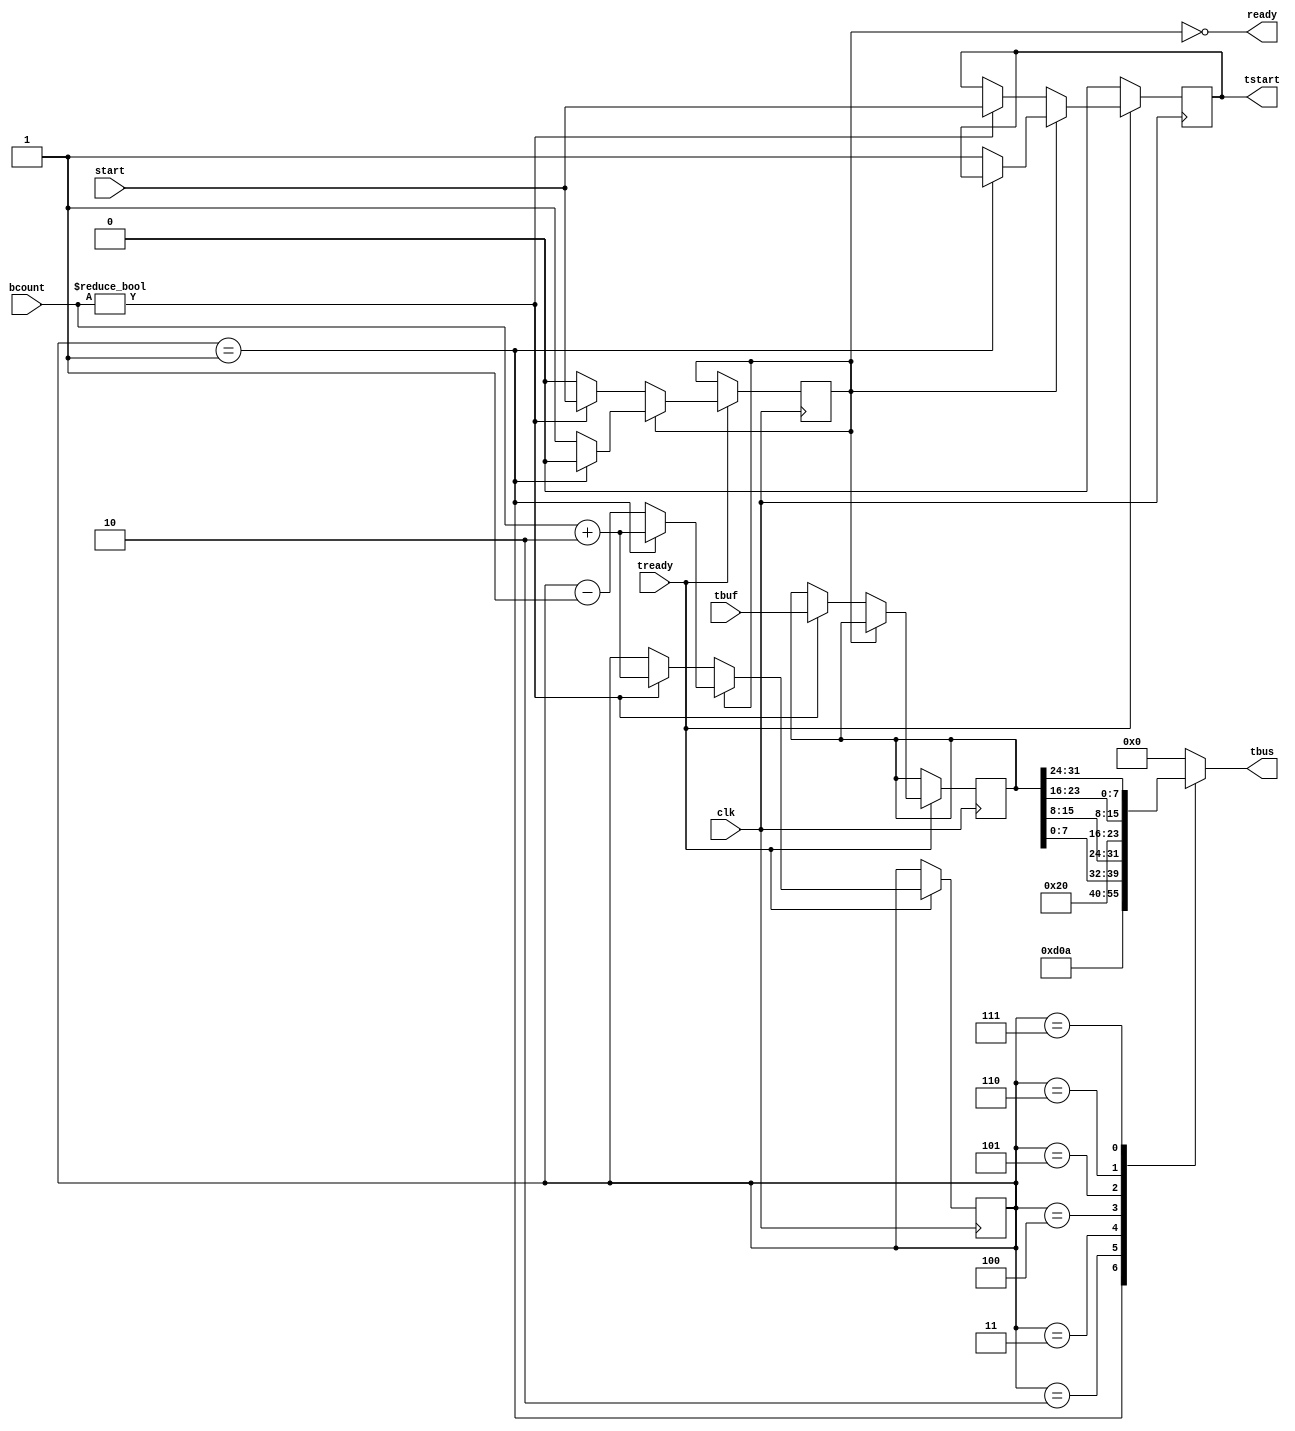
`timescale 1ns / 1ps
//////////////////////////////////////////////////////////////////////////////////
// Company: Digilent Inc
// 
// Design Name: 
// Module Name: uart_buf_con
// Project Name: 
// Target Devices: 
// Tool Versions: 
// Description: 
// 
// Dependencies: 
// 
// Revision:
// Revision 0.01 - File Created
// Additional Comments:
//  
//////////////////////////////////////////////////////////////////////////////////


module uart_buf_con(
    input             clk,
    input      [ 2:0] bcount,
    input      [31:0] tbuf,
    input             start,
    output            ready,
    output reg        tstart=0,
    input             tready,
    output reg [ 7:0] tbus=0
    );
    reg [2:0] sel=0;
    reg [31:0] pbuf=0;
    reg running=0;
    initial tstart <= 'b0;
    initial tbus <= 'b0;
    always@(posedge clk)
        if (tready == 1'b1) begin
            if (running == 1'b1) begin
                if (sel == 4'd1) begin
                    running <= 1'b0;
                    sel <= bcount + 2'd2;
                end else begin
                    sel <= sel - 1'b1;
                    tstart <= 1'b1;
                    running <= 1'b1;
                end
            end else begin
                if (bcount != 2'b0) begin
                    pbuf <= tbuf;
                    tstart <= start;
                    running <= start;
                    sel <= bcount + 2'd2;
                end
            end
        end else
            tstart <= 1'b0;
    assign ready = ~running;
    always@(sel, pbuf)
        case (sel)
        1: tbus <= 8'd13;
        2: tbus <= 8'd10;
        3: tbus <= pbuf[7:0];
        4: tbus <= pbuf[15:8];
        5: tbus <= 8'd32;
        6: tbus <= pbuf[23:16];
        7: tbus <= pbuf[31:24];
        default: tbus <= 8'd0;
        endcase
endmodule